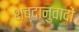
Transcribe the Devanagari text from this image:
शब्दानुवादों